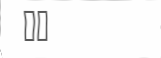
٢٦